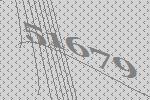
51679